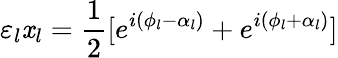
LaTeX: \varepsilon_{l}\mathit{x}_{l}=\frac{{1}}{{2}}[e^{i(\phi_{l}-\alpha_{l})}+e^{i(\phi_{l}+\alpha_{l})}]